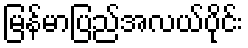
မြန်မာပြည်အလယ်ပိုင်း